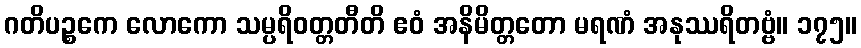
ဂတိပဉ္စကေ လောကော သမ္ပရိဝတ္တတီတိ ဧဝံ အနိမိတ္တတော မရဏံ အနုဿရိတဗ္ဗံ။ ၁၇၅။